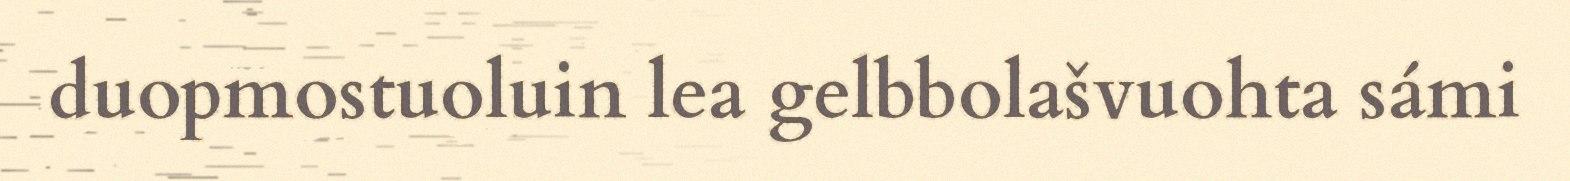
duopmostuoluin lea gelbbolašvuohta sámi